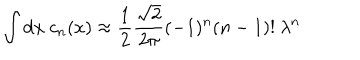
\int \mathrm { d } x \ c _ { n } ( x ) \approx { \frac { 1 } { 2 } } { \frac { \sqrt { 2 } } { 2 \pi } } ( - 1 ) ^ { n } ( n - 1 ) ! \ \lambda ^ { n }